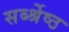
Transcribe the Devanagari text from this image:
सर्ब्श्रेष्ठ